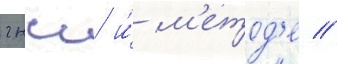
гнсс и́ м'етод'е //